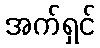
အက်ရှင်